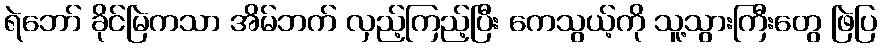
ရဲဘော် ခိုင်မြဲကသာ အိမ်ဘက် လှည့်ကြည့်ပြီး ကေသွယ့်ကို သူ့သွားကြီးတွေ ဖြဲပြ